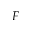
F